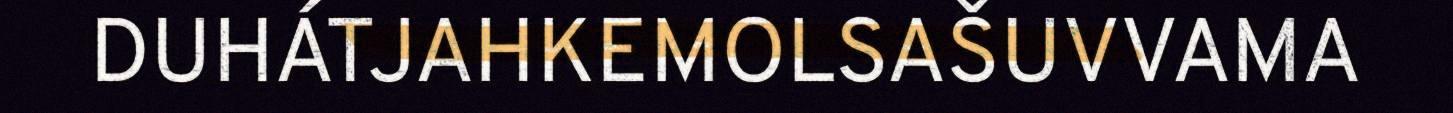
DUHÁTJAHKEMOLSAŠUVVAMA